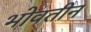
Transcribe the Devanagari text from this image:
भोवतीन